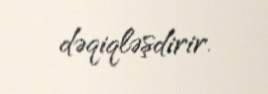
dəqiqləşdirir.